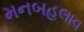
મનબહલાવ